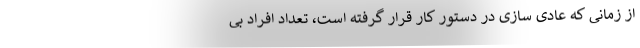
از زمانی که عادی سازی در دستور کار قرار گرفته است، تعداد افراد بی